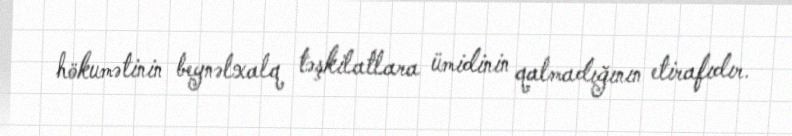
hökumətinin beynəlxalq təşkilatlara ümidinin qalmadığının etirafıdır.